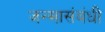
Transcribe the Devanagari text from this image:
जन्मासंबंधी